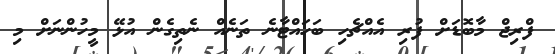
ފްރިޖް މާބޮޑަށް ފުރި އެއްޗެހި ބަހައްޓާނެ ތަނެއް ނެތިގެން އުޅޭ މީހުންނަށް މި